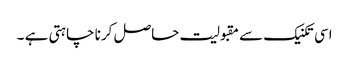
اسی تکنیک سے مقبولیت حاصل کرنا چاہتی ہے ۔